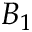
B _ { 1 }